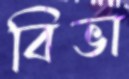
বিভা